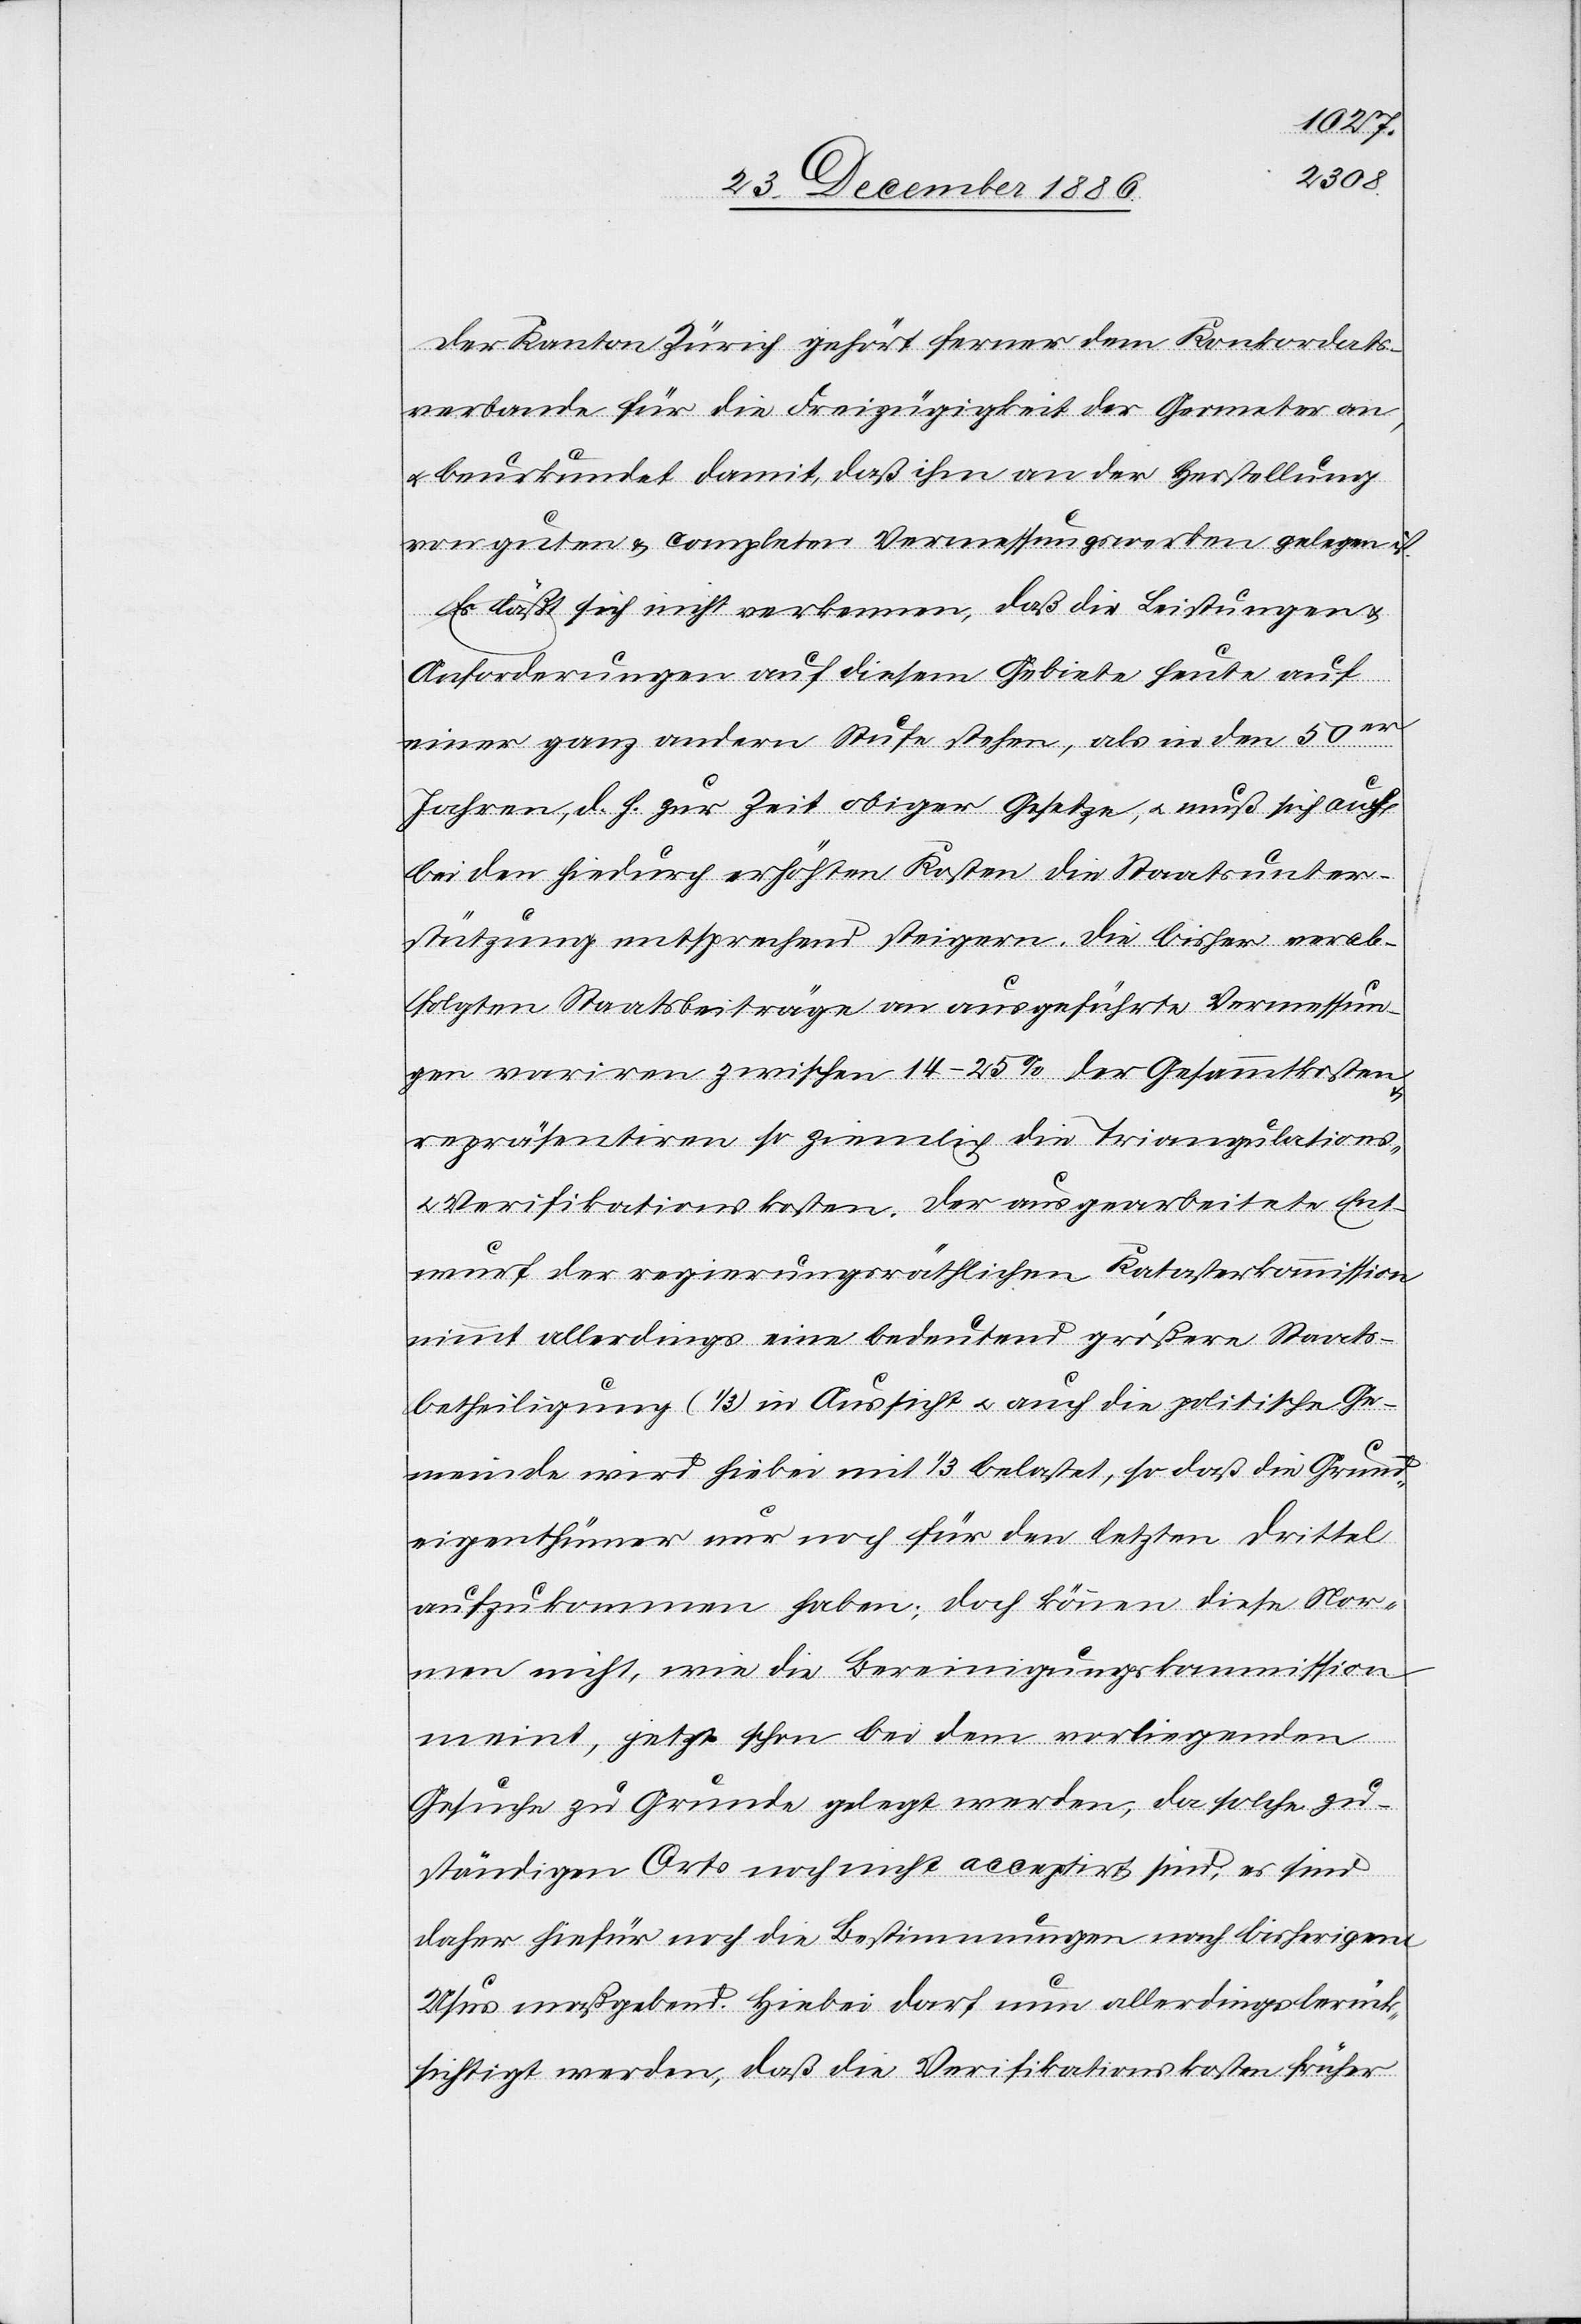
Der Kanton Zürich gehört ferner dem Konkordats¬
verbande für die Freizügigkeit der Geometer an,
beurkundet damit, daß ihm an der Herstellung
von guten & completen Vermessungswerten gelegen ist.
Es läßt sich nicht verkennen, daß die Leistungen &
Anforderungen auf diesem Gebiete heute auf
einer ganz andern Stufe stehen, als in den 50er
Jahren, d. h. zur Zeit obiger Gesetze, & muß sich auch
bei den hiedurch erhöhten Kosten die Staatsunter¬
stützung entsprechend steigern. Die bisher verab¬
folgten Staatsbeiträge an ausgeführte Vermessun¬
gen variren zwischen 14–25% der Gesammtkosten
& repräsentiren so ziemlich die Triangulations-
Verifikationskosten. Der ausgearbeitete Ent¬
wurf der regierungsräthlichen Katasterkommission
nimmt allerdings eine bedeutend größere Staats¬
betheiligung (1/3) in Aussicht & auch die politische Ge¬
meinde wird hiebei mit 1/3 belastet, so daß die Grund¬
eigenthümer nur noch für den letzten Drittel
aufzukommen haben; doch können diese Nor¬
men nicht, wie die Bereinigungskommission
meint, jetzt schon bei dem vorliegenden
Gesuche zu Grunde gelegt werden, da solche zu¬
ständigen Orts noch nicht acceptirt sind; es sind
daher hiefür noch die Bestimmungen nach bisherigem
Usus maßgebend. Hiebei darf nun allerdings berück¬
sichtigt werden, daß die Verifikationskosten früher